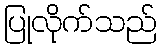
ပြုလိုက်သည်